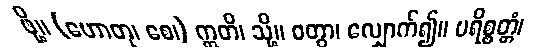
ဖို့။ (ဟောတု၊ စေ၊) ဣတိ၊ သို့။ ဝတွာ၊ လျှောက်၍။ ပရိစ္စတ္တံ၊